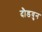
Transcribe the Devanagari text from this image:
दौडवुन